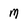
Character: M